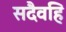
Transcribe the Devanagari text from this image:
सदैवहि